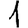
Digit: 1